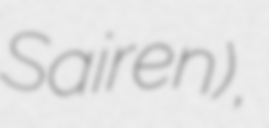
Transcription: Sairen),